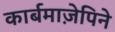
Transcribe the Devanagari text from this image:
कार्बमाज़ेपिने